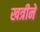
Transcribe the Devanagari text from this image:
खत्रीने